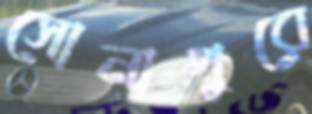
সোনাপুরে